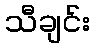
သီချင်း